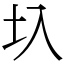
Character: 圦